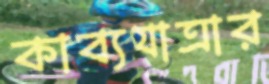
কাব্যযাত্রার